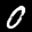
Label: 0